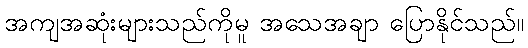
အကျအဆုံးများသည်ကိုမူ အသေအချာ ပြောနိုင်သည်။